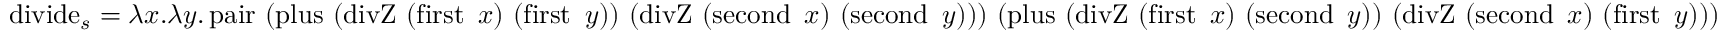
\operatorname { d i v i d e } _ { s } = \lambda x . \lambda y . \operatorname { p a i r } \ ( \operatorname { p l u s } \ ( \operatorname { d i v Z } \ ( \operatorname { f i r s t } \ x ) \ ( \operatorname { f i r s t } \ y ) ) \ ( \operatorname { d i v Z } \ ( \operatorname { s e c o n d } \ x ) \ ( \operatorname { s e c o n d } \ y ) ) ) \ ( \operatorname { p l u s } \ ( \operatorname { d i v Z } \ ( \operatorname { f i r s t } \ x ) \ ( \operatorname { s e c o n d } \ y ) ) \ ( \operatorname { d i v Z } \ ( \operatorname { s e c o n d } \ x ) \ ( \operatorname { f i r s t } \ y ) ) )